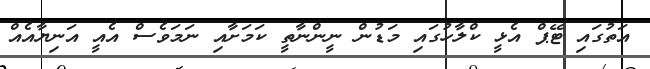
އަތުގައި ޓޭޕް އެޅީ ކްލާހުގައި މަޑުން ނީންނާތީ ކަމަށާއި ނަމަވެސް އެއީ އަނިޔާއެއް